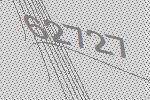
62727